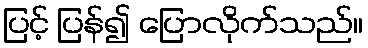
ပြင့် ပြန်၍ ပြောလိုက်သည်။